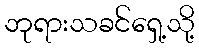
ဘုရားသခင်ရှေ့သို့